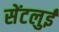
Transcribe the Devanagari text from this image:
सेंटलुई